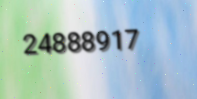
24888917